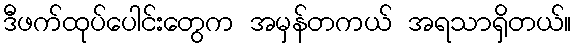
ဒီဖက်ထုပ်ပေါင်းတွေက အမှန်တကယ် အရသာရှိတယ်။